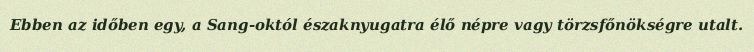
Ebben az időben egy, a Sang-októl északnyugatra élő népre vagy törzsfőnökségre utalt.